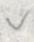
v